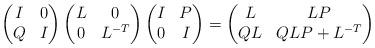
LaTeX: \begin{align*}\begin{pmatrix}I & 0\\Q & I\end{pmatrix}\begin{pmatrix}L & 0\\0 & L^{-T}\end{pmatrix}\begin{pmatrix}I & P\\0 & I\end{pmatrix} =\begin{pmatrix}L & L P\\Q L & Q L P + L^{-T}\end{pmatrix}\end{align*}